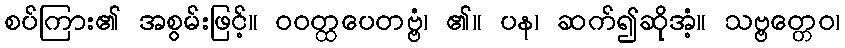
စပ်ကြား၏ အစွမ်းဖြင့်။ ဝဝတ္ထပေတဗ္ဗံ၊ ၏။ ပန၊ ဆက်၍ဆိုအံ့။ သဗ္ဗတ္တေဝ၊